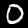
Digit: 0